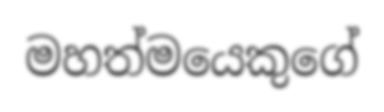
මහත්මයෙකුගේ